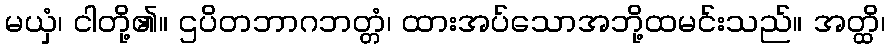
မယှံ၊ ငါတို့၏။ ဌပိတဘာဂဘတ္တံ၊ ထားအပ်သောအဘို့ထမင်းသည်။ အတ္ထိ၊